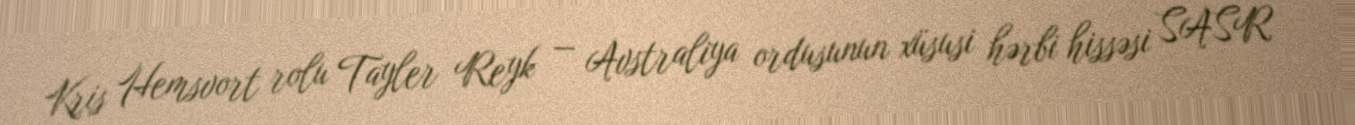
Kris Hemsvort rolu Tayler Reyk — Avstraliya ordusunun xüsusi hərbi hissəsi SASR